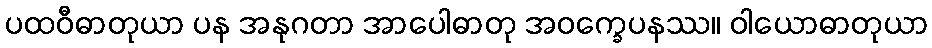
ပထဝီဓာတုယာ ပန အနုဂတာ အာပေါဓာတု အဝက္ခေပနဿ။ ဝါယောဓာတုယာ